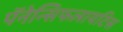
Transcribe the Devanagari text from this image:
पॅनेन्सिफलायटिस